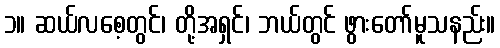
၁။ ဆယ်လစေ့တွင်၊ တို့အရှင်၊ ဘယ်တွင် ဖွားတော်မူသနည်း။